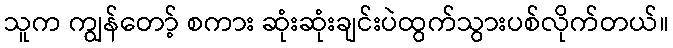
သူက ကျွန်တော့် စကား ဆုံးဆုံးချင်းပဲထွက်သွားပစ်လိုက်တယ်။